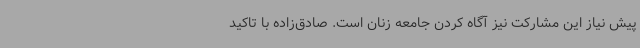
پیش نیاز این مشارکت نیز آگاه کردن جامعه زنان است. صادق‌زاده با تاکید